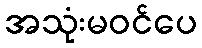
အသုံးမဝင်ပေ